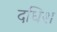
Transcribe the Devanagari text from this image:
दधिश